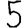
Digit: 5